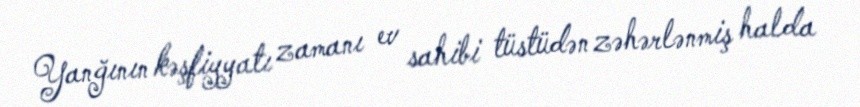
Yanğının kəşfiyyatı zamanı ev sahibi tüstüdən zəhərlənmiş halda